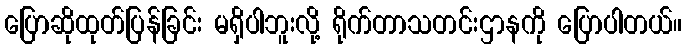
ပြောဆိုထုတ်ပြန်ခြင်း မရှိပါဘူးလို့ ရိုက်တာသတင်းဌာနကို ပြောပါတယ်။